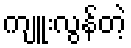
ကျူးလွန်တဲ့